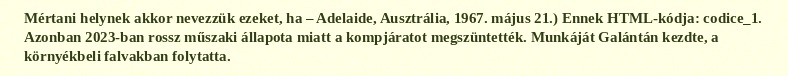
Mértani helynek akkor nevezzük ezeket, ha – Adelaide, Ausztrália, 1967. május 21.) Ennek HTML-kódja: codice_1. Azonban 2023-ban rossz műszaki állapota miatt a kompjáratot megszüntették. Munkáját Galántán kezdte, a környékbeli falvakban folytatta.